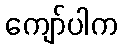
ကျော်ပါက